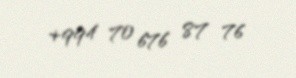
+994 70 676 87 76